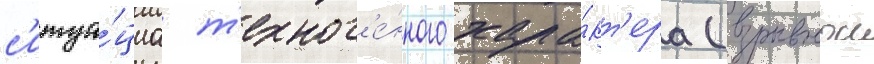
с'итуа́циа т'ехног'е́нного хара́кт'ера (взрывнои